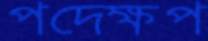
পদেক্ষপ